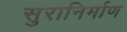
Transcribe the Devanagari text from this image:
सुरानिर्माण